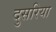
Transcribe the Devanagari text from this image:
दुसरिया